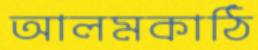
আলমকাঠি